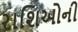
રાશિઓની